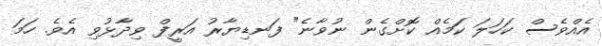
އެއްވެސް ކަހަލަ ކަމެއް ކޮށްގެން ނުވާނެ" ފަނޑިޔާރު އަރީފް ވިދާޅުވި އެވެ. ހަމަ